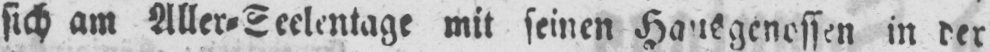
in der